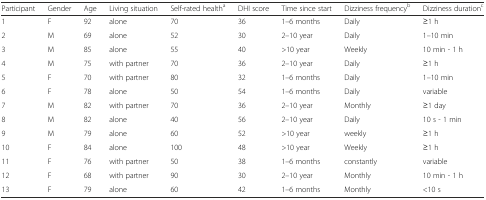
<table><thead><tr><td><b>Participant</b></td><td><b>Gender</b></td><td><b>Age</b></td><td><b>Living situation</b></td><td><b>Self-rated health<sup>a</sup></b></td><td><b>DHI score</b></td><td><b>Time since start</b></td><td><b>Dizziness frequency<sup>b</sup></b></td><td><b>Dizziness duration<sup>c</sup></b></td></tr></thead><tbody><tr><td>1</td><td>F</td><td>92</td><td>alone</td><td>70</td><td>36</td><td>1–6 months</td><td>Daily</td><td>≥1 h</td></tr><tr><td>2</td><td>M</td><td>69</td><td>alone</td><td>52</td><td>30</td><td>2–10 year</td><td>Daily</td><td>1–10 min</td></tr><tr><td>3</td><td>M</td><td>85</td><td>alone</td><td>55</td><td>40</td><td>&gt;10 year</td><td>Weekly</td><td>10 min - 1 h</td></tr><tr><td>4</td><td>M</td><td>75</td><td>with partner</td><td>70</td><td>36</td><td>2–10 year</td><td>Daily</td><td>≥1 h</td></tr><tr><td>5</td><td>F</td><td>70</td><td>with partner</td><td>80</td><td>32</td><td>1–6 months</td><td>Daily</td><td>1–10 min</td></tr><tr><td>6</td><td>F</td><td>78</td><td>alone</td><td>50</td><td>54</td><td>1–6 months</td><td>Daily</td><td>variable</td></tr><tr><td>7</td><td>M</td><td>82</td><td>with partner</td><td>70</td><td>36</td><td>2–10 year</td><td>Monthly</td><td>≥1 day</td></tr><tr><td>8</td><td>M</td><td>82</td><td>alone</td><td>40</td><td>56</td><td>2–10 year</td><td>Daily</td><td>10 s - 1 min</td></tr><tr><td>9</td><td>M</td><td>79</td><td>alone</td><td>60</td><td>52</td><td>&gt;10 year</td><td>weekly</td><td>≥1 h</td></tr><tr><td>10</td><td>F</td><td>84</td><td>alone</td><td>100</td><td>48</td><td>&gt;10 year</td><td>Weekly</td><td>≥1 h</td></tr><tr><td>11</td><td>F</td><td>76</td><td>with partner</td><td>50</td><td>38</td><td>1–6 months</td><td>constantly</td><td>variable</td></tr><tr><td>12</td><td>F</td><td>68</td><td>with partner</td><td>90</td><td>30</td><td>2–10 year</td><td>Monthly</td><td>10 min - 1 h</td></tr><tr><td>13</td><td>F</td><td>79</td><td>alone</td><td>60</td><td>42</td><td>1–6 months</td><td>Monthly</td><td>&lt;10 s</td></tr></tbody></table>